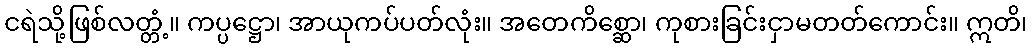
ငရဲသို့ဖြစ်လတ္တံ့။ ကပ္ပဋ္ဌော၊ အာယုကပ်ပတ်လုံး။ အတေကိစ္ဆော၊ ကုစားခြင်းငှာမတတ်ကောင်း။ ဣတိ၊